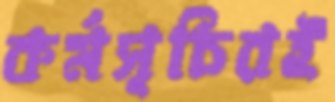
কর্মসূচিরই